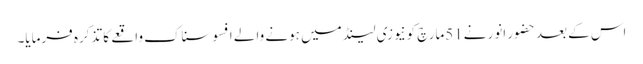
اس کے بعد حضور انور نے51مارچ کونیوزی لینڈ میں ہونے والے افسوسناک واقعے کا تذکرہ فرمایا۔